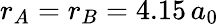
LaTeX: r_{A}=r_{B}=4.15\, a_{0}